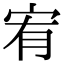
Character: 宥